Eesti_Rahvusfond, lk 23
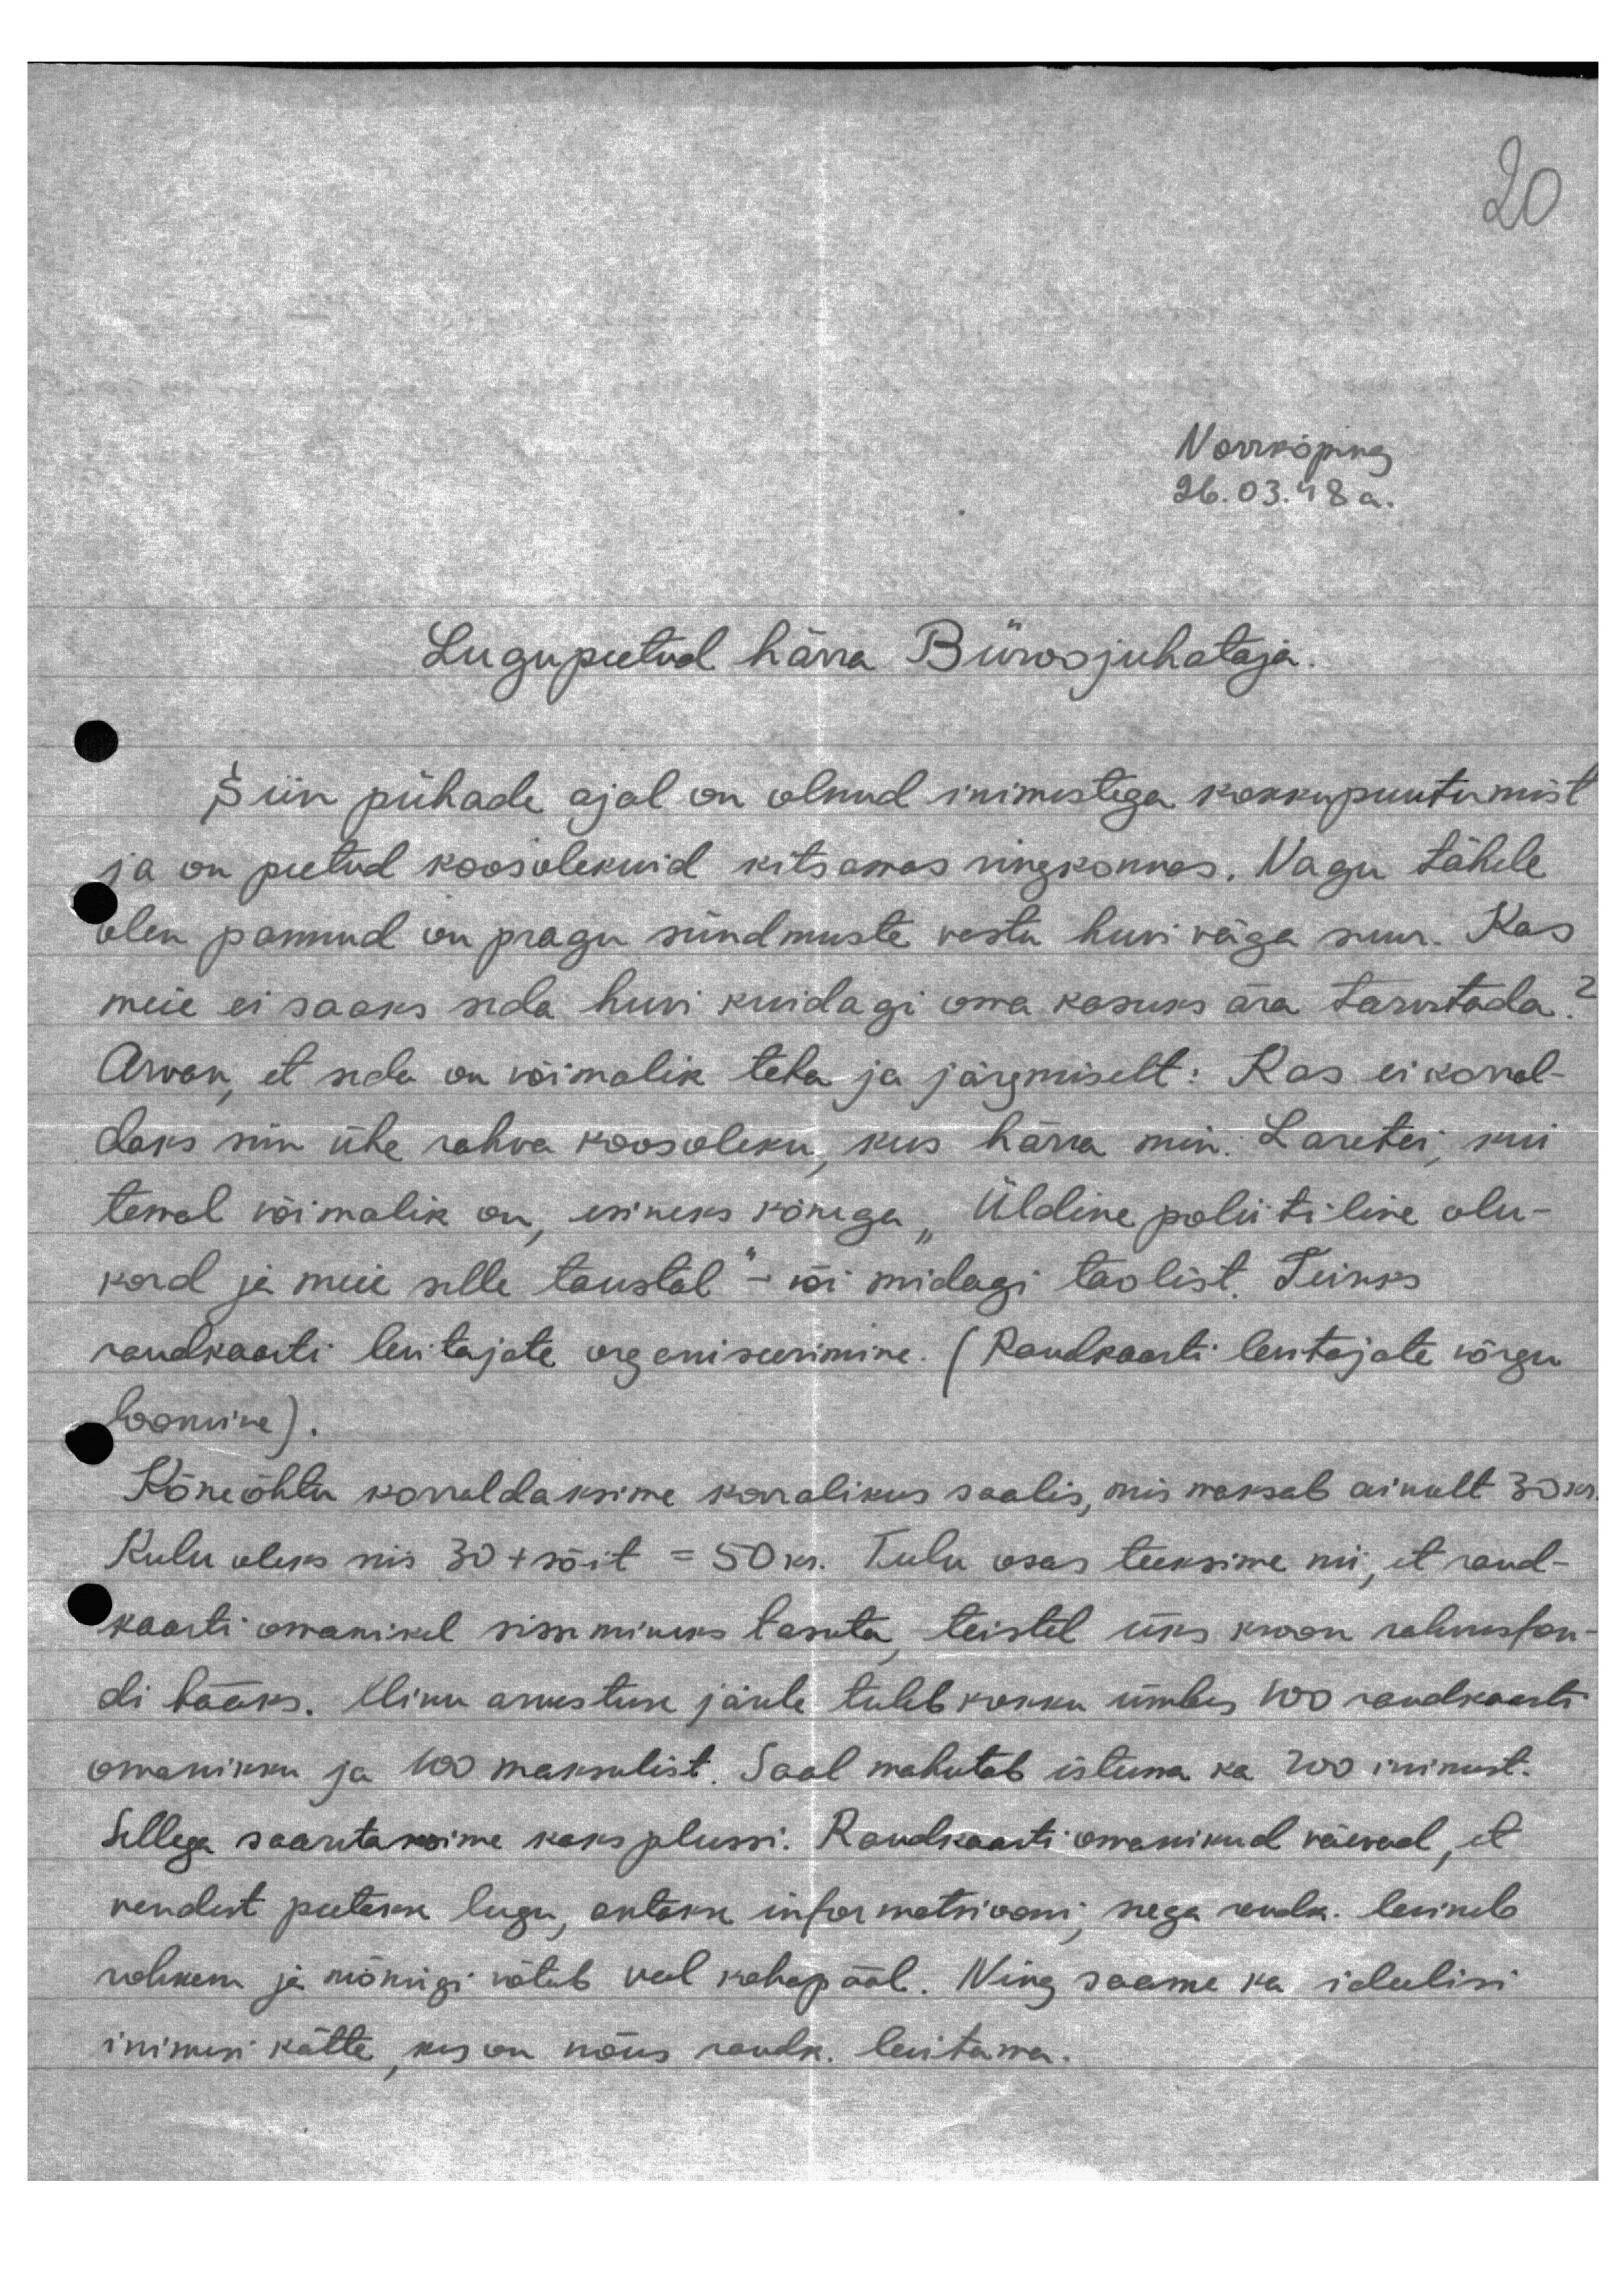
Norrköping
26.03.48 a.
Lugupeetud härra Büroojuhataja.
Siin pühade ajal on olnud inimestega kokkupuutumist
ja on peetud koosolekuid kitsamas ringkonnas. Nagu tähele
olen pannud on pragu sündmuste vastu huvi väga suur. Kas
meie ei saaks seda huvi kuidagi oma kasuks ära tarvitada.
Arvan, et seda on võimalik teha ja järgmiselt: Kas ei korral-
daks nii ühe rahva koosoleku, kus härra min. Laretei, kui
temal võimalik on, esineks kõnega "Üldine poliitiline olu-
kord ja meie selle taustal" - või midagi taolist. Teiseks
raudkaarti levitajate organiseerimine. (Raudkaarti levitajate võrgu
loomine).
Kõneõhtu korraldaksime korralikus saalis, mis maksab ainult 30 kr
Kulu oleks mis 30+ sõit = 50 kr. Tulu osas teeksime nii, et raud-
kaarti omanikul sisseminekuks tasuta, teistel üks kroon rahkusfon-
di hääks. Minu arvutuse järele tuleb kokku ümbes 100 raudkaarti
omanikku ja 100 maksulist. Saal mahutab istuna ka 700 inimest.
Sellega saautaksime kaks plussi. Raudkaarti omanikud näevad, et
nendest peetakse lugu, antakse informatsiooni, sega raudk. levineb
rohkem ja mõnnigi võtab veel kahepääl. Ning saame ka idulisi,
inimesi kätte, kes on nõus raudk. levitama.